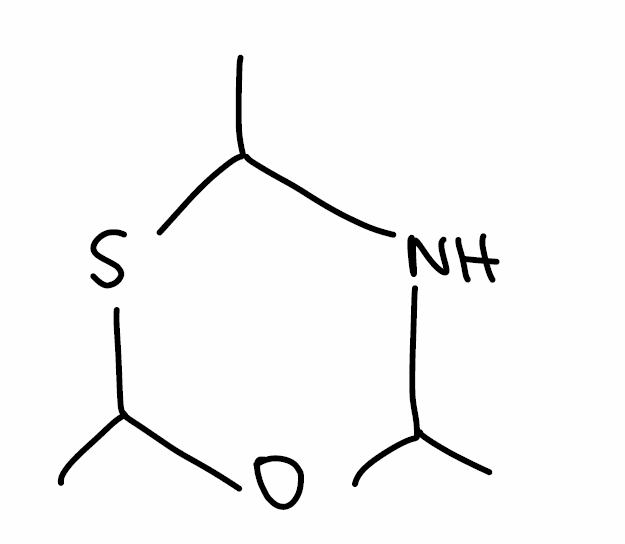
Simplified molecular-input line-entry system (SMILES) notation of the given molecule:
CC1NC(SC(O1)C)C